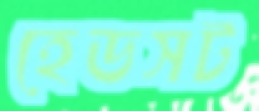
হেডসট